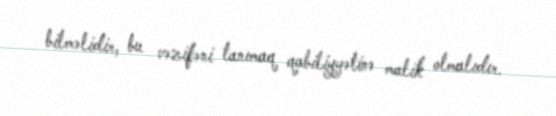
bilməlidir, bu vəzifəni tanımaq qabiliyyətinə malik olmalıdır.